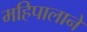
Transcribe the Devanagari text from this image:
महिपालाने